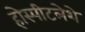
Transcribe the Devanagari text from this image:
होस्पीटलेशे